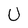
Character: u